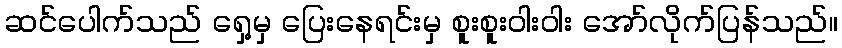
ဆင်ပေါက်သည် ရှေ့မှ ပြေးနေရင်းမှ စူးစူးဝါးဝါး အော်လိုက်ပြန်သည်။